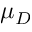
\mu _ { D }